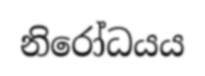
නිරෝධයය